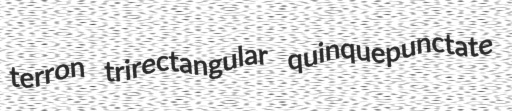
terron trirectangular quinquepunctate